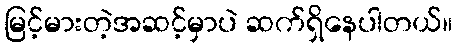
မြင့်မားတဲ့အဆင့်မှာပဲ ဆက်ရှိနေပါတယ်။